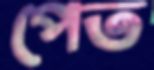
পেত